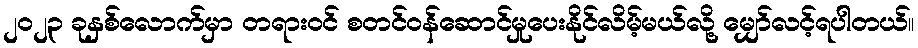
၂၀၂၃ ခုနှစ်လောက်မှာ တရားဝင် စတင်ဝန်ဆောင်မှုပေးနိုင်လိမ့်မယ်လို့ မျှော်လင့်ရပါတယ်။